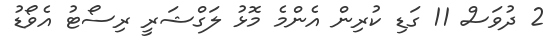
2 ދުވަސް 11 ގަޑި ކުރިން އެންމެ މޮޅު ލަގްޝަރީ ރިސޯޓު އެވޯޑު